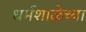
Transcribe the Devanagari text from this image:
धर्मशाळेच्या